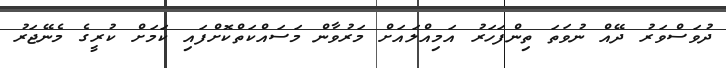
ދުވަސްވަރު ދޭއް ނުވަތަ ތިންފަހަރު އަމިއްލައަށް މަރުވާން މަސައްކަތްކޮށްފައި ކަމަށް ކުރީގެ މެނޭޖަރު